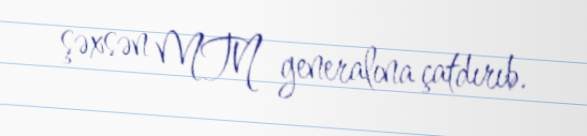
şəxsən MTN generalına çatdırıb.